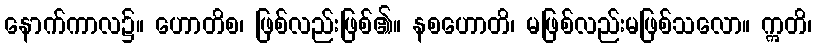
နောက်ကာလ၌။ ဟောတိစ၊ ဖြစ်လည်းဖြစ်၏။ နစဟောတိ၊ မဖြစ်လည်းမဖြစ်သလော။ ဣတိ၊